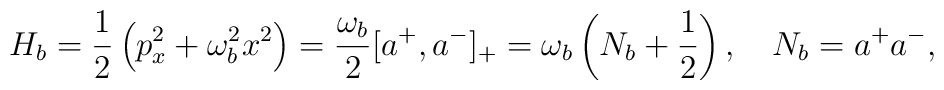
H_{b} = \frac{1}{2}\left(p^2_{x} + \omega^2_{b}x^2 \right)= \frac{\omega_b}{2} [a^{+}, a^{-}]_{+}= \omega_b \left(N_b + \frac{1}{2}\right), \quad N_b = a^{+} a^{-},